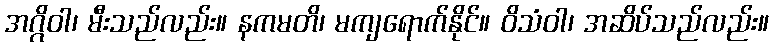
အဂ္ဂိဝါ၊ မီးသည်လည်း။ နကမတိ၊ မကျရောက်နိုင်။ ဝိသံဝါ၊ အဆိပ်သည်လည်း။